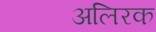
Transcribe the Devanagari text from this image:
अलिरक